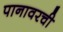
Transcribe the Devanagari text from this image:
पानावरची